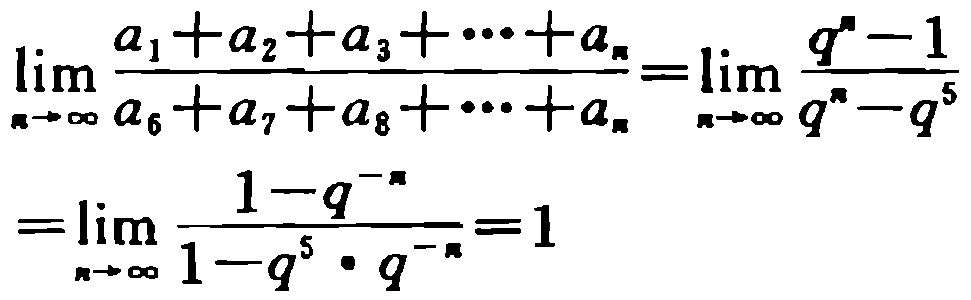
\[\lim_{n \to \infty} \frac{a_{1}+a_{2}+a_{3}+\cdots +a_{n}}{a_{6}+a_{7}+a_{8}+\cdots +a_{n}}=\lim_{n \to \infty} \frac{q^{n}-1}{q^{n}-q^{5}}=\lim_{n \to \infty} \frac{1 - q^{-n}}{1 - q^{5} \cdot q^{-n}}=1\]